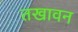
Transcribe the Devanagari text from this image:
तखावन